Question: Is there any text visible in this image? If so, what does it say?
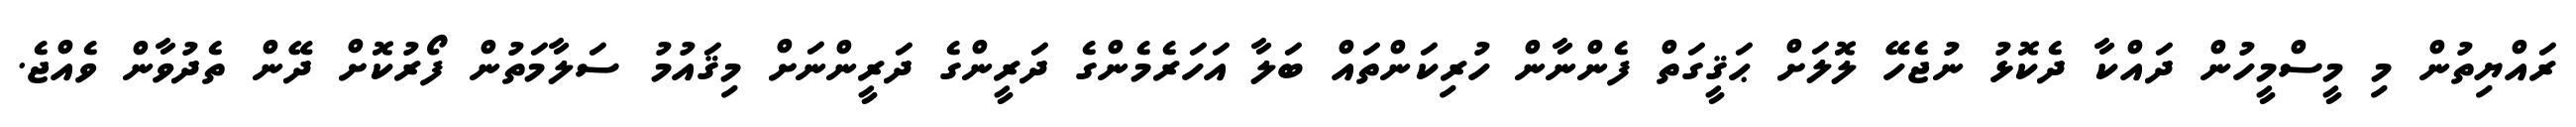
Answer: ރައްޔިތުން މި މީސްމީހުން ދައްކާ ދެކޮޅު ނުޖެހޭ ލޮލަށް ޙަޤީގަތް ފެންނާން ހުރިކަންތައް ބަލާ އަހަރެމެންގެ ދަރީންގެ ދަރީންނަށް މިޤައުމު ސަލާމަތުން ފޯރުކޮށް ދޭން ތެދުވާން ވެއްޖެ.